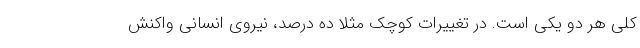
کلی هر دو یکی است. در تغییرات کوچک مثلاً ده درصد، نیروی انسانی واکنش